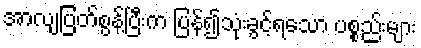
အာလျပြတ်စွန့်ပြီးက ပြန်၍သုံးခွင့်ရသော ပစ္စည်းများ